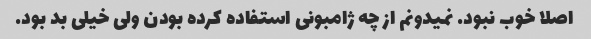
اصلا خوب نبود. نمیدونم از چه ژامبونی استفاده کرده بودن ولی خیلی بد بود.